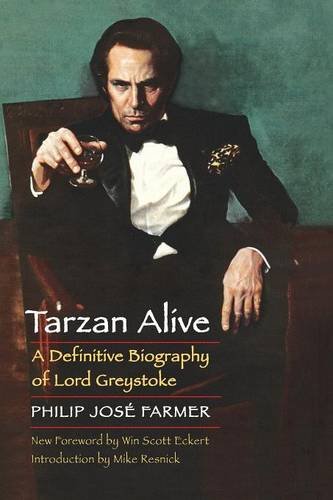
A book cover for Tarzan Alive: A Definitive Biography of Lord Greystoke (Bison Frontiers of Imagination); Philip Jose Farmer; Science Fiction & Fantasy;